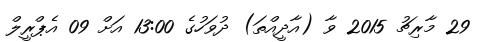
29 މާރިޗު 2015 ވާ (އާދީއްތަ) ދުވަހުގެ 13:00 އަށް 09 އެޕްރީލް